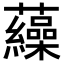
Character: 𧅂